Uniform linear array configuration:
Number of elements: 48
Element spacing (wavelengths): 0.5
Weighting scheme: exponential
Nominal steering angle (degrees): -30
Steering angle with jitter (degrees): -30.721
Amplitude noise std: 0.05
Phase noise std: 0.05

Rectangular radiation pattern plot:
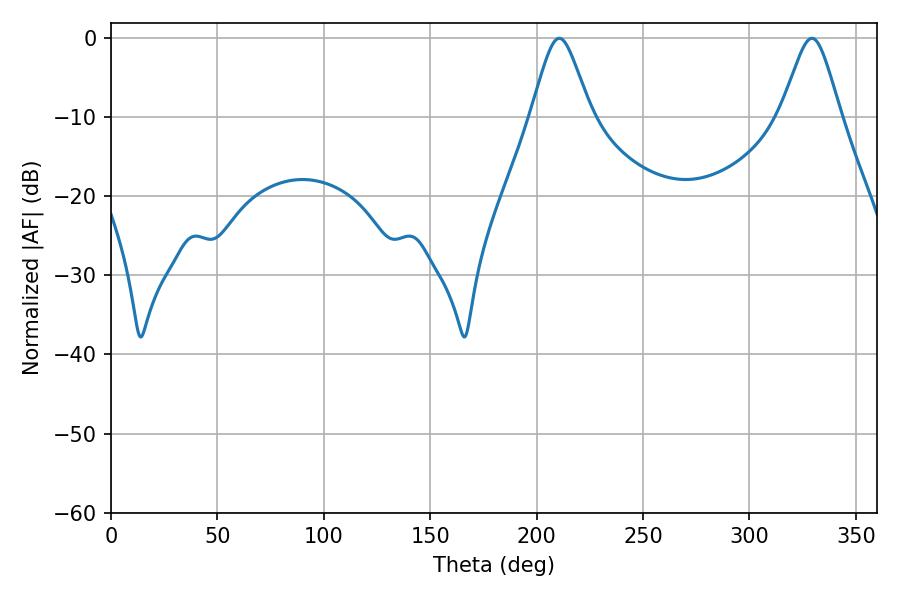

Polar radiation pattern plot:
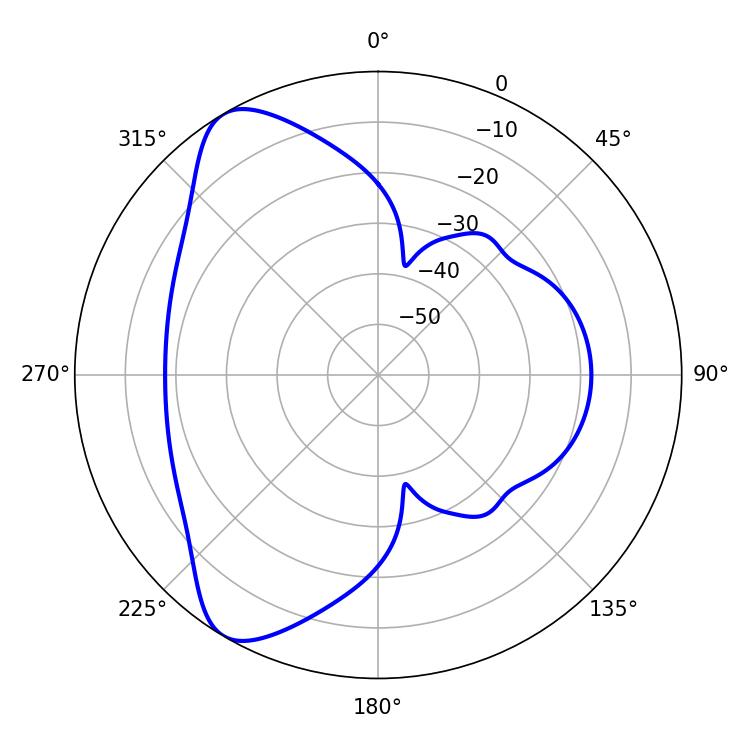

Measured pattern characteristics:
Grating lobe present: FALSE
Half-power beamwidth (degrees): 13.5
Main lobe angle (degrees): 210.6